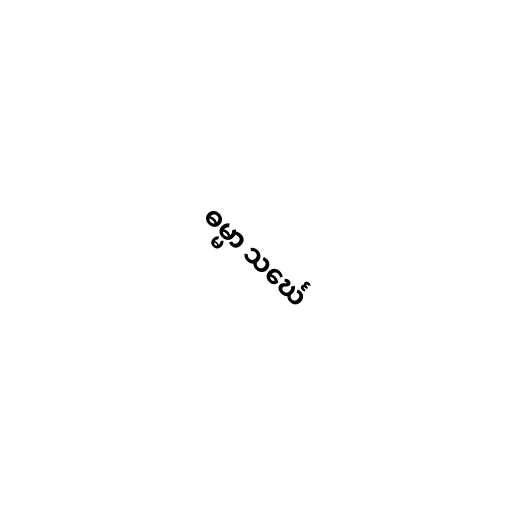
ဓမ္မာ သင်္ဃေ